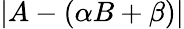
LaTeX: \left|A-\left(\alpha B+\beta\right)\right|